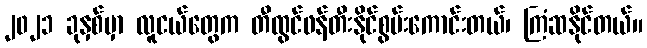
၂၀၂၁ ခုနှစ်မှာ လူငယ်တွေက တီထွင်ဖန်တီးနိုင်စွမ်းကောင်းတယ်၊ ကြံဆနိုင်တယ်။